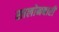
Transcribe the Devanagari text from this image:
सालोनबारी